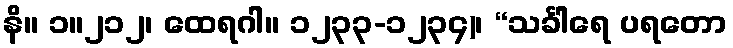
နိ။ ၁။၂၁၂၊ ထေရဂါ။ ၁၂၃၃-၁၂၃၄)၊ “သင်္ခါရေ ပရတော